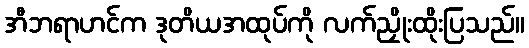
အီဘရာဟင်က ဒုတိယအထုပ်ကို လက်ညှိုးထိုးပြသည်။